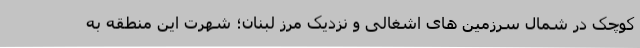
کوچک در شمال سرزمین های اشغالی و نزدیک مرز لبنان؛ شهرت این منطقه به